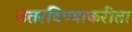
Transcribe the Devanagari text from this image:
उतरविण्याकरीता